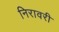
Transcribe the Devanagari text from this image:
निरावरी